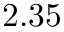
2 . 3 5